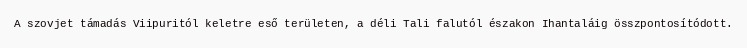
A szovjet támadás Viipuritól keletre eső területen, a déli Tali falutól északon Ihantaláig összpontosítódott.